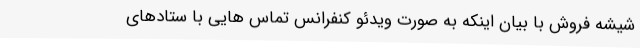
شیشه فروش با بیان اینکه به صورت ویدئو کنفرانس تماس هایی با ستادهای